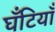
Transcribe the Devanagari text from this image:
घँटियाँ